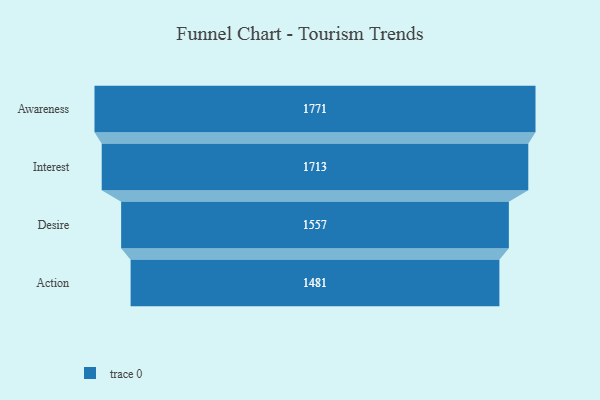
{"axis": {"x": "Stage", "y": "Value"}, "legend": [""], "data": [{"x": "Awareness", "y": 1771.0, "type": ""}, {"x": "Interest", "y": 1713.0, "type": ""}, {"x": "Desire", "y": 1557.0, "type": ""}, {"x": "Action", "y": 1481.0, "type": ""}]}